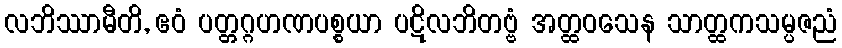
လဘိဿာမီတိ, ဧဝံ ပတ္တဂ္ဂဟဏပစ္စယာ ပဋိလဘိတဗ္ဗံ အတ္ထဝသေန သာတ္ထကသမ္ပဇညံ